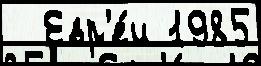
  Евр'е́и 1985